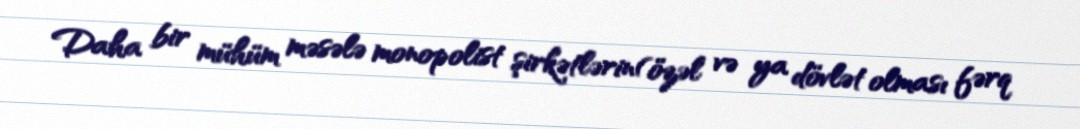
Daha bir mühüm məsələ monopolist şirkətlərin(özəl və ya dövlət olması fərq